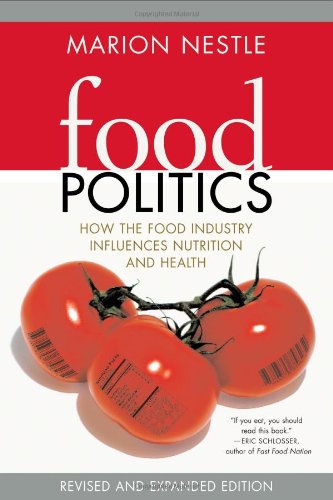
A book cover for Food Politics: How the Food Industry Influences Nutrition, and Health, Revised and Expanded Edition (California Studies in Food and Culture); Marion Nestle; Medical Books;